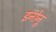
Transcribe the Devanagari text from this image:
इनोनू